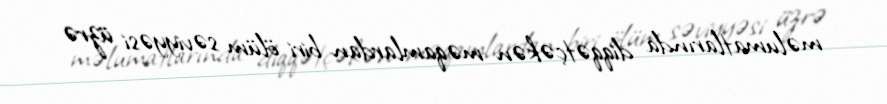
məlumatlarında diqqətçəkən məqamlardan biri ölüm səviyyəsi üzrə